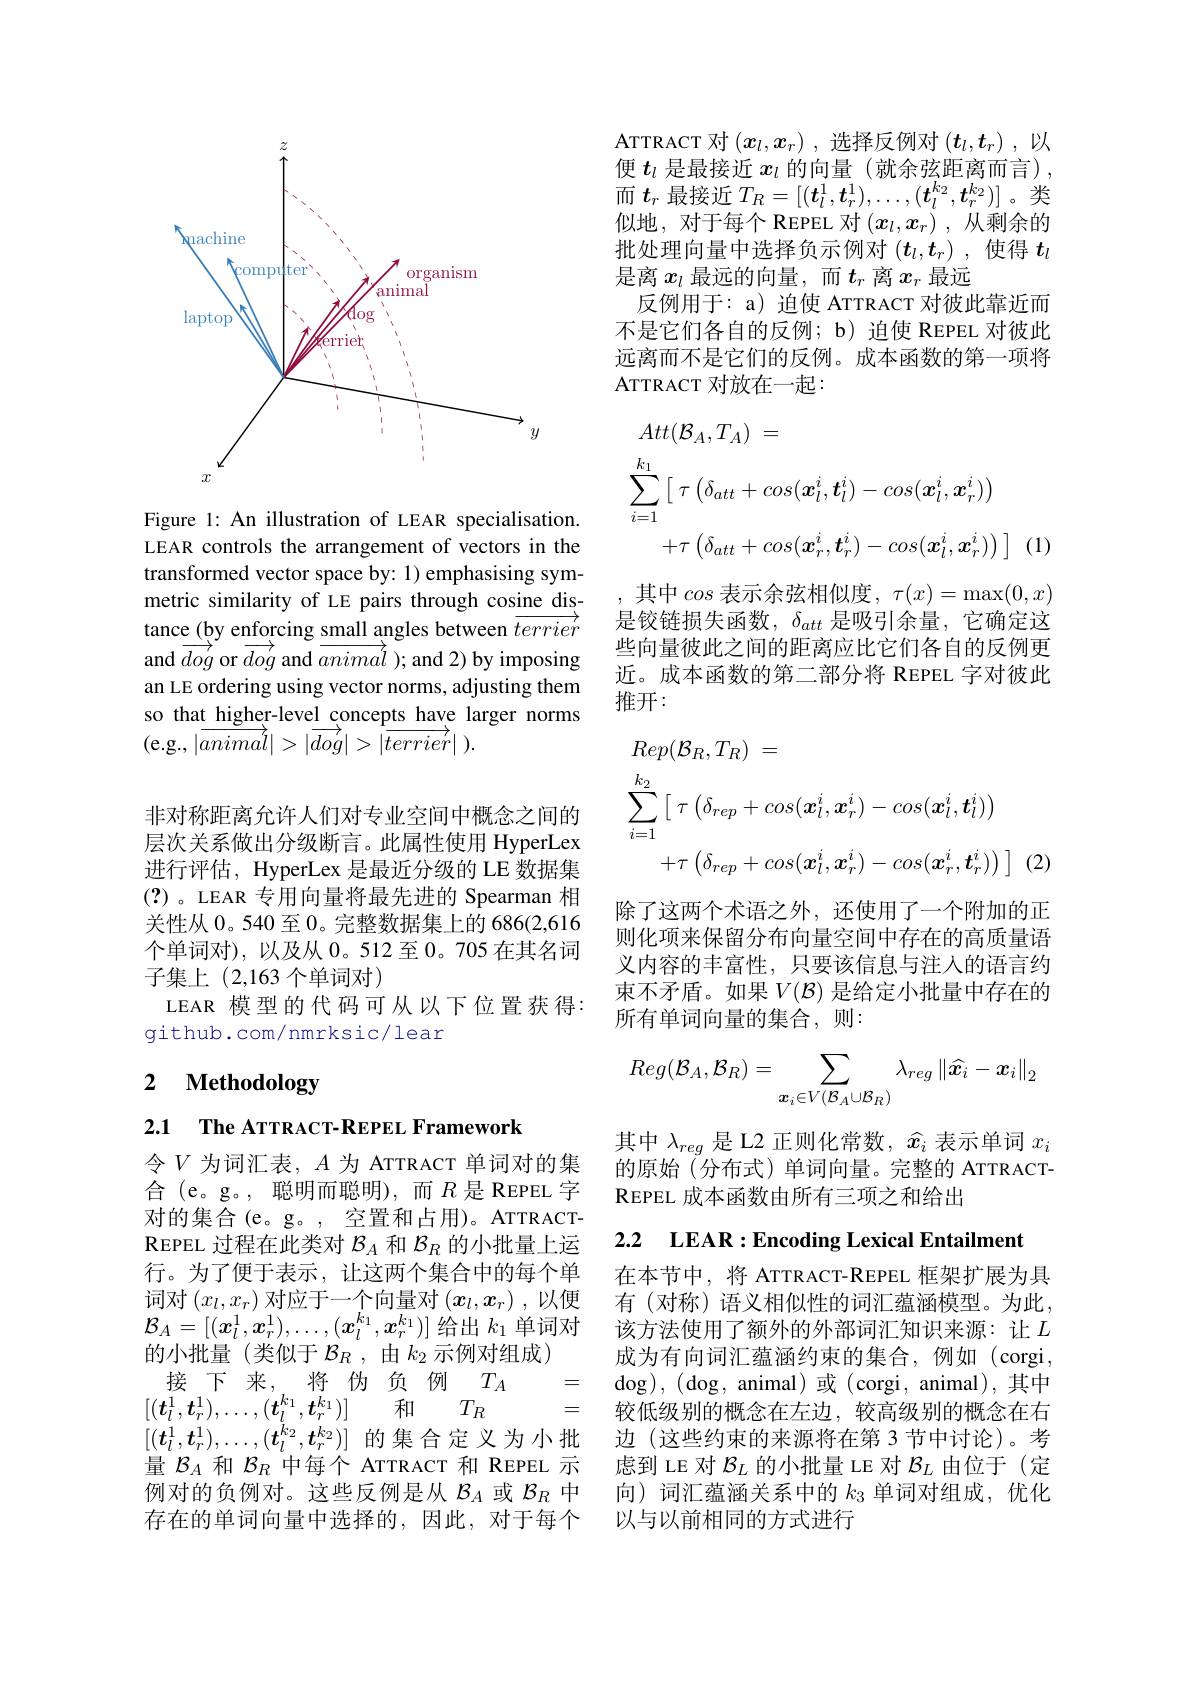
<FigureHere>

Figure 1: An illustration of LEAR specialisation. LEAR controls the arrangement of vectors in the transformed vector space by: 1) emphasising symmetric similarity of LE pairs through cosine distance (by enforcing $\underline\text{small angles between }\overline{terrier}$ and $\overrightarrow{dog}$ or $\overrightarrow{dog}$ and $\overrightarrow{animal}$ ); and 2) by imposing an LE ordering using vector norms, adjusting them so that higher-level concepts have larger norms (e.g.,$| \tilde {animal}| > | \overrightarrow {dog}| > | \tilde {terrier}|$ ).
非对称距离允许人们对专业空间中概念之间的层次关系做出分级断言。此属性使用 HyperLex 进行评估，HyperLex 是最近分级的 LE 数据集(?)。LEAR 专用向量将最先进的 Spearman 相关性从 0。540 至 0。完整数据集上的 686(2,616个单词对),以及从 0。512 至 0。705 在其名词子集上 (2,163 个单词对)
LEAR 模型的代码可从以下位置获得：
github.com/nmrksic/lear

### $\textbf{2}$ $\textbf{Methodology}$

2.1 $\textbf{The ATTRACT- REPEL Framework}$

令$V$为词汇表，$A$为 ATTRACT 单词对的集合(e。g。, 聪明而聪明),而$R$是REPEL 字对的集合(e。g。, 空置和占用)。ATTRACTREPEL 过程在此类对$\mathcal{B}_A$和$\mathcal{B}_R$的小批量上运行。为了便于表示，让这两个集合中的每个单词对$(x_l,x_r)$对应于一个向量对$(x_l,x_r)$ ,以便$\mathcal{B}_A=\left[(x_l^1,x_r^1),\ldots,(x_l^{k_1},x_r^{k_1})\right]$给出 $k_1$ 单词对的小批量(类似于$\mathcal{B}_R$,由$k_2$示例对组成)
接下来，将伪负例$T_A$
=
$[ ( \boldsymbol{t}_l^1, \boldsymbol{t}_r^1) , \ldots , ( \boldsymbol{t}_l^{k_1}, \boldsymbol{t}_r^{k_1}) ]$ 和
$T_R$
$[(\boldsymbol{t}_l^1,\boldsymbol{t}_r^1),\ldots,(\boldsymbol{t}_l^{k_2},\boldsymbol{t}_r^{k_2})]$的集合定义为小批量$\mathcal{B}_A$和$\mathcal{B}_R$中每个 ATTRACT 和 REPEL 示例对的负例对。这些反例是从$\mathcal{B}_A$或$\mathcal{B}_R$中存在的单词向量中选择的，因此，对于每个

便$t_l$是最接近$x_l$的向量(就余弦距离而言), 而$t_r$最接近$T_R=[(\boldsymbol{t}_l^1,\boldsymbol{t}_r^1),\ldots,(\boldsymbol{t}_l^{k_2},\boldsymbol{t}_r^{k_2})]$。类似地，对于每个 REPEL 对$(x_l,x_r)$ ,从剩余的批处理向量中选择负示例对$(t_l,t_r)$ ,使得$t_l$ 是离$x_l$最远的向量，而$t_r$离$x_r$最远
反例用于：a) 迫使 ATTRACT 对彼此靠近而不是它们各自的反例；b) 迫使 REPEL 对彼此远离而不是它们的反例。成本函数的第一项将ATTRACT 对放在一起：
$$\begin{aligned}&Att(\mathcal{B}_{A},T_{A})\:=\\&\sum_{i=1}^{k_{1}}\left[\:\tau\left(\delta_{att}+cos(\boldsymbol{x}_{l}^{i},\boldsymbol{t}_{l}^{i})-cos(\boldsymbol{x}_{l}^{i},\boldsymbol{x}_{r}^{i})\right)\\&+\tau\left(\delta_{att}+cos(\boldsymbol{x}_{r}^{i},\boldsymbol{t}_{r}^{i})-cos(\boldsymbol{x}_{l}^{i},\boldsymbol{x}_{r}^{i})\right)\:\right]\end{aligned}$$
其中cos 表示余弦相似度$,\tau(x)=\max(0,x)$ 是铰链损失函数，$\delta_att$是吸引余量，它确定这些向量彼此之间的距离应比它们各自的反例更近。成本函数的第二部分将 REPEL 字对彼此推开：
$$\begin{aligned}&Rep(\mathcal{B}_{R},T_{R})\:=\\&\sum_{i=1}^{k_{2}}\left[\:\tau\left(\delta_{rep}+cos(\boldsymbol{x}_{l}^{i},\boldsymbol{x}_{r}^{i})-cos(\boldsymbol{x}_{l}^{i},\boldsymbol{t}_{l}^{i})\right)\\&+\tau\left(\delta_{rep}+cos(\boldsymbol{x}_{l}^{i},\boldsymbol{x}_{r}^{i})-cos(\boldsymbol{x}_{r}^{i},\boldsymbol{t}_{r}^{i})\right)\:\right]\end{aligned}$$
除了这两个术语之外，还使用了一个附加的正则化项来保留分布向量空间中存在的高质量语义内容的丰富性，只要该信息与注人的语言约束不矛盾。如果$V(\mathcal{B})$是给定小批量中存在的所有单词向量的集合，则：
$$Reg(\mathcal{B}_A,\mathcal{B}_R)=\sum_{\boldsymbol{x}_i\in V(\mathcal{B}_A\cup\mathcal{B}_R)}\lambda_{reg}\left\|\widehat{\boldsymbol{x}_i}-\boldsymbol{x}_i\right\|_2$$
其中$\lambda_reg$是 L2 正则化常数，$\hat{x}_i$表示单词$x_i$ 的原始(分布式)单词向量。完整的 ATTRACTREPEL 成 本 函 数 由 所 有 三 项 之 和 给 出

2.2 LEAR:Encoding Lexical Entailment

在本节中，将 ATTRACT-REPEL 框架扩展为具有 (对称) 语义相似性的词汇蕴涵模型。为此， 该方法使用了额外的外部词汇知识来源：让$L$ 成为有向词汇蕴涵约束的集合，例如(corgi, $\deg ) $, $( \deg $, animal)或(corgi, animal),其中较低级别的概念在左边，较高级别的概念在右边 (这些约束的来源将在第 3 节中讨论)。考虑到 LE 对$\mathcal{B}_L$的小批量 LE 对$\mathcal{B}_L$由位于(定向)词汇蕴涵关系中的$k_{3}$单词对组成，优化以与以前相同的方式进行